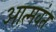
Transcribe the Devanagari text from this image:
आत्मवंत